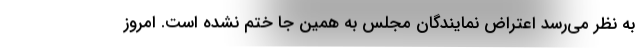
به نظر می‌رسد اعتراض نمایندگان مجلس به همین جا ختم نشده است. امروز